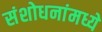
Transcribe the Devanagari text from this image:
संशोधनांमध्ये